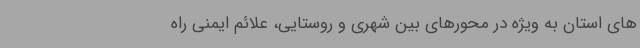
‌های استان به ویژه در محورهای بین شهری و روستایی، علائم ایمنی راه